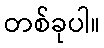
တစ်ခုပါ။